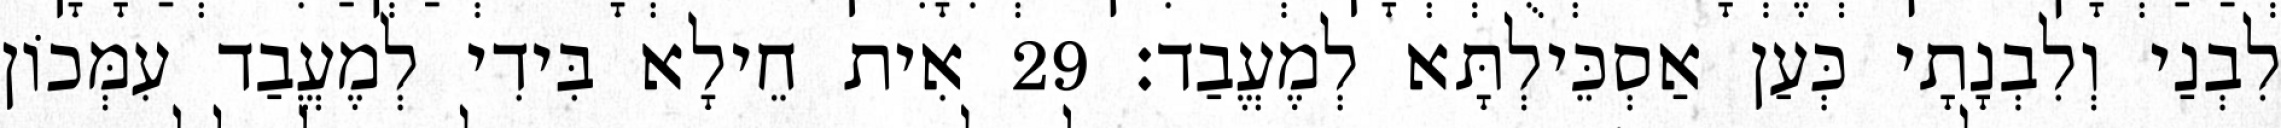
לִבְנַי וְלִבְנָתָי כְּעַן אַסְכֵּילְתָּא לְמֶעֱבַד׃ 29 אִית חֵילָא בִּידִי לְמֶעֱבַד עִמְּכוֹן